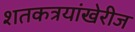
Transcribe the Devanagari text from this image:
शतकत्रयांखेरीज